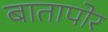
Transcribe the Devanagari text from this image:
बातापोर